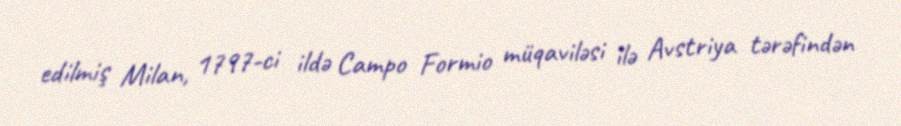
edilmiş Milan, 1797-ci ildə Campo Formio müqaviləsi ilə Avstriya tərəfindən